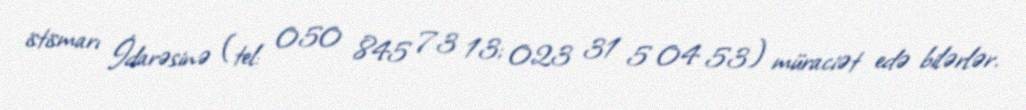
istismarı İdarəsinə (tel: 050 845 73 13; 023 31 5 04 53) müraciət edə bilərlər.